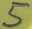
Text: 5